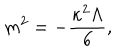
LaTeX: m ^ { 2 } = - \frac { \kappa ^ { 2 } \Lambda } { 6 } ,